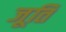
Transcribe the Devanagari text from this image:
जूति